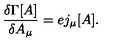
\frac { \delta \Gamma [ A ] } { \delta A _ { \mu } } = e j _ { \mu } [ A ] .